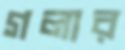
গলার